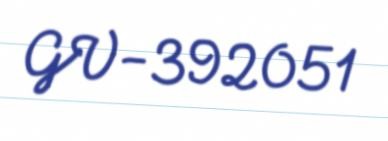
GV-392051